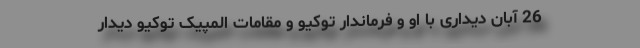
26 آبان دیداری با او و فرماندار توکیو و مقامات المپیک توکیو دیدار